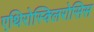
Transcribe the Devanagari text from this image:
एथिरोस्क्लिरोसिस